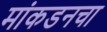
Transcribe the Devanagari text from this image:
मांकडनचा